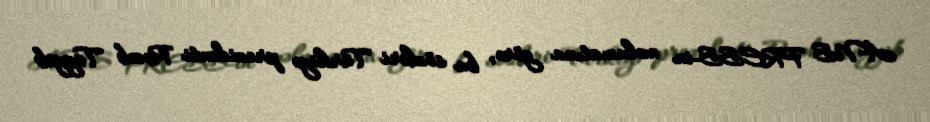
ANS PRESS-in məlumatına görə, bu sözləri Türkiyə prezidenti Rəcəb Tayyib